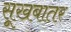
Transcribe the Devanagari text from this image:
सूखबातर